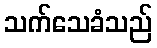
သက်သေခံသည်